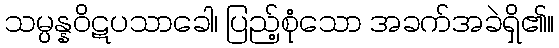
သမ္ပန္နဝိဋပသာခေါ၊ ပြည့်စုံသော အခက်အခဲရှိ၏။